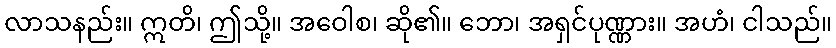
လာသနည်း။ ဣတိ၊ ဤသို့။ အဝေါစ၊ ဆို၏။ ဘော၊ အရှင်ပုဏ္ဏား။ အဟံ၊ ငါသည်။